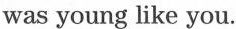
was young like you.